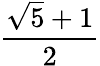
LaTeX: \frac{{\sqrt{5}}+1}{2}